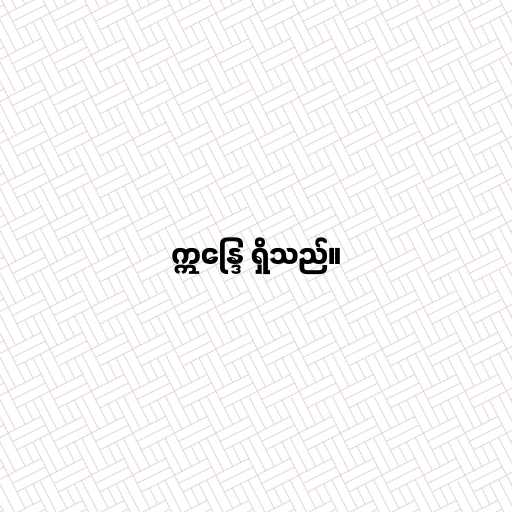
ဣန္ဒြေ ရှိသည်။